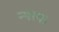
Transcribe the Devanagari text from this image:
न्याया